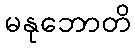
မနုဘောတိ